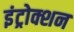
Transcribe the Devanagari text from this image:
इंट्रोक्शन